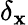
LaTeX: \delta_{\mathbf{x}}